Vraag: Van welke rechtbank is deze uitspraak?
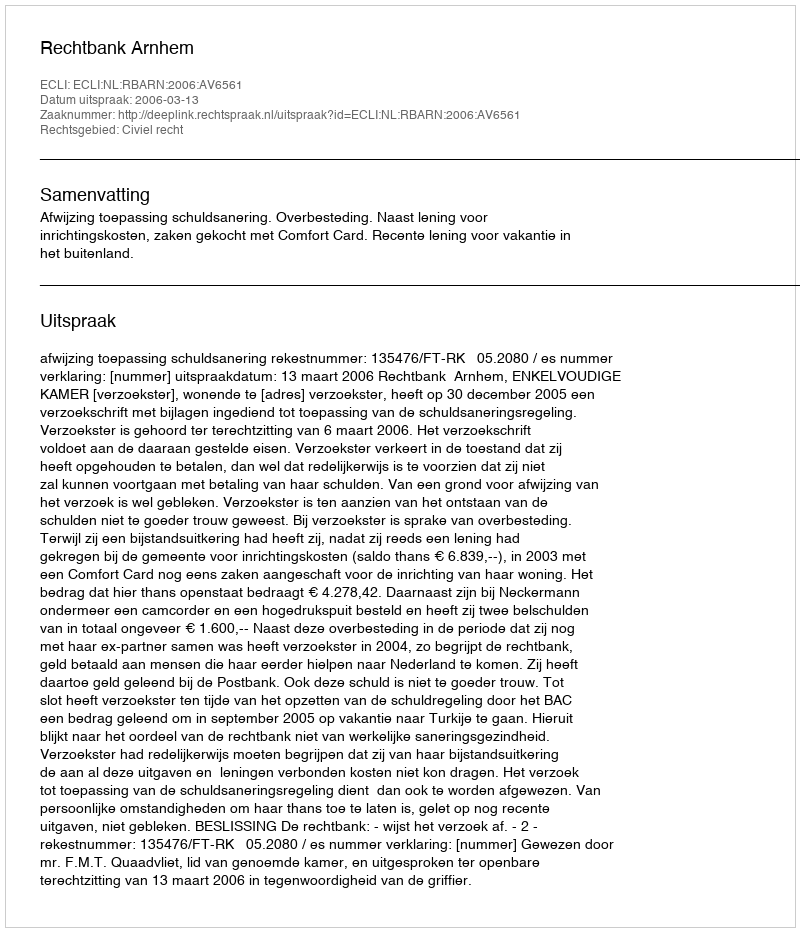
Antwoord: Rechtbank Arnhem